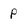
Character: p